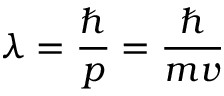
\lambda = \frac { \hbar } { p } = \frac { \hbar } { m v }